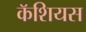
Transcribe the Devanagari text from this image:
कॅशियस